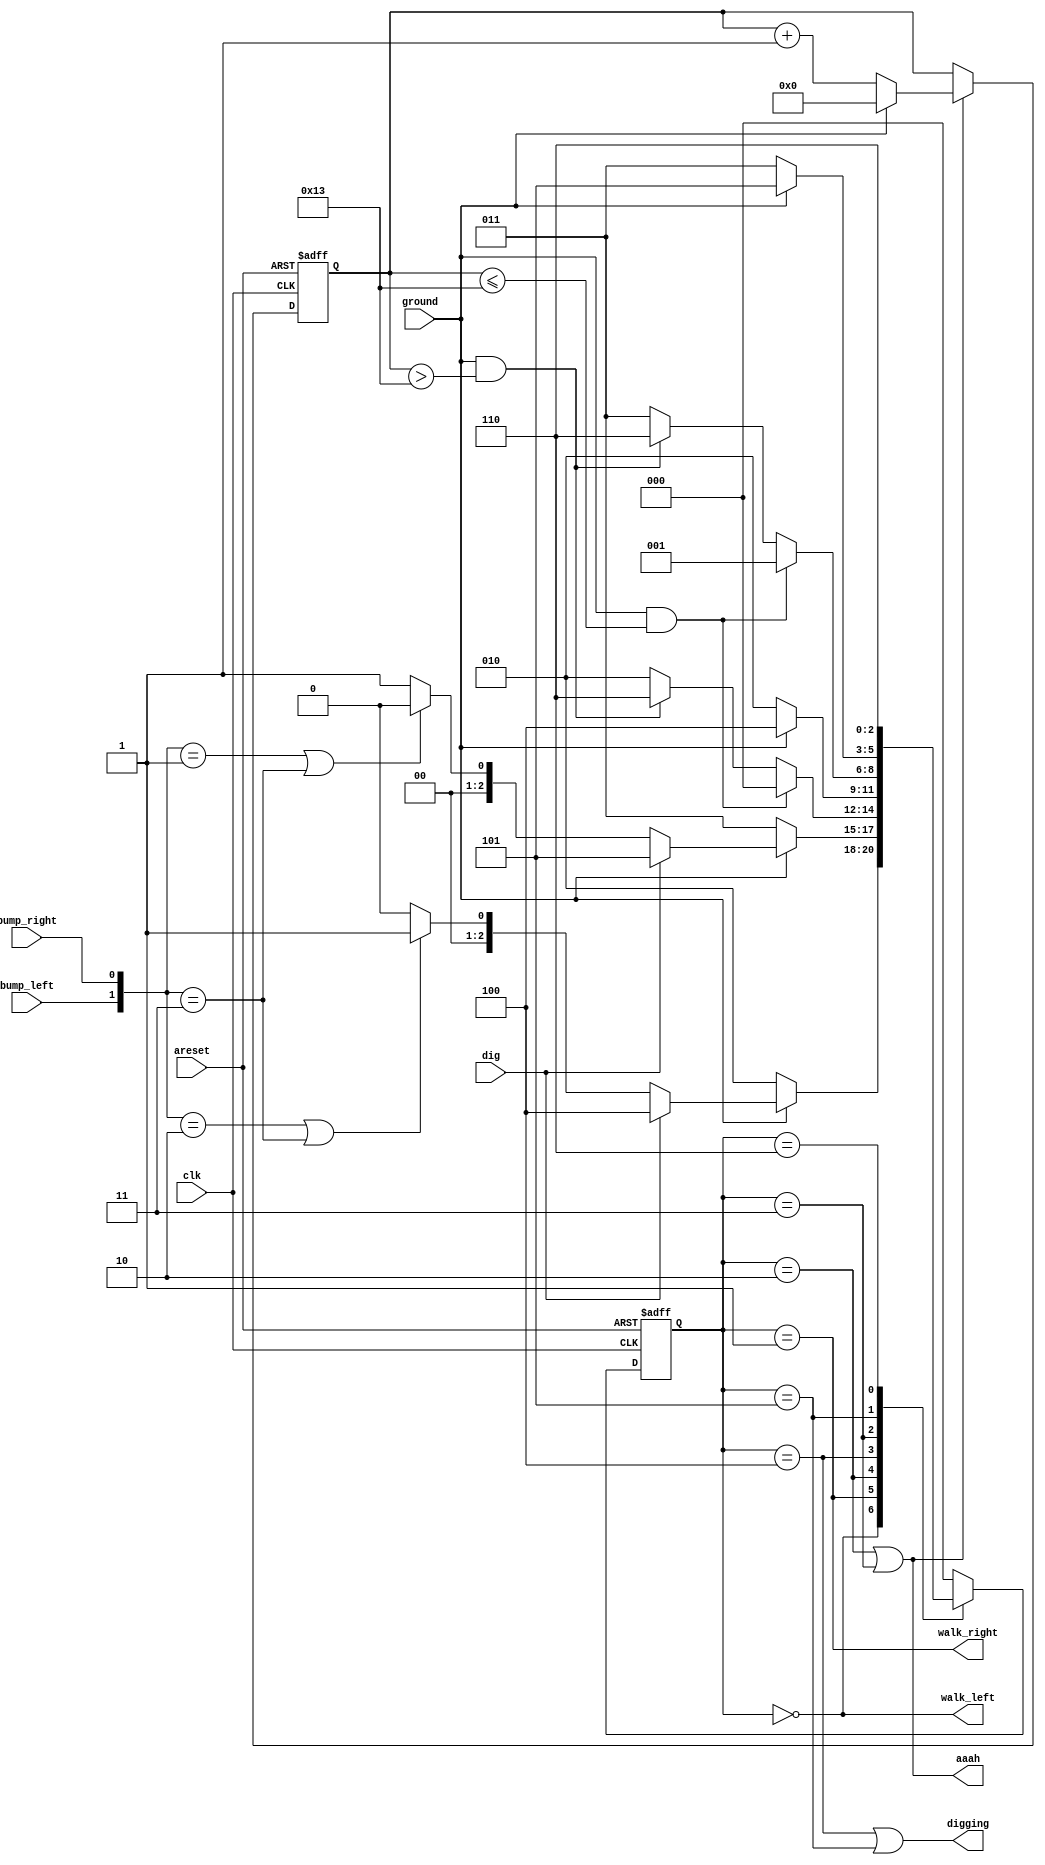
module Lemmings4(
    input       clk,
    input       areset,    // Freshly brainwashed Lemmings walk left.
    input       bump_left,
    input       bump_right,
    input       ground,
    input       dig,
    output      walk_left,
    output      walk_right,
    output      aaah,
    output      digging    
    ); 

    parameter LEFT      =   3'b000;
    parameter RIGHT     =   3'b001;
    parameter FALL_L    =   3'b010;
    parameter FALL_R    =   3'b011;
    parameter DIG_L     =   3'b100;
    parameter DIG_R     =   3'b101;
    parameter SPLAT     =   3'b110;   
    
    reg		[2:0]   cur_state, nxt_state;
    wire	[1:0]	bump_lr;
    reg     [9:0]   fall_count;
    
    assign bump_lr = {bump_left, bump_right};
    
    always @ (*) begin
        case (cur_state)
            default: nxt_state = LEFT;
            LEFT: 	if (ground==1'b0) begin
                		nxt_state = FALL_L;
           	 		end else if(ground == 1'b1) begin
                        if (dig == 1'b1) begin
                    		nxt_state = DIG_L;
                        end else if ((bump_lr==2'b10) || (bump_lr==2'b11)) begin
                            nxt_state = RIGHT;
                        end else begin
                          	nxt_state = LEFT;
                        end
                    end else begin
                   		nxt_state = LEFT;
                    end
            
            RIGHT:  if (ground==1'b0)
                		nxt_state = FALL_R;
                    else if (ground == 1'b1)
                		if (dig == 1'b1)
                    		nxt_state = DIG_R;
            			else if (bump_lr==2'b01 || bump_lr==2'b11)
                            nxt_state = LEFT;
            			else
                          	nxt_state = RIGHT;
            		else
                          	nxt_state = RIGHT;
            
            FALL_L: if (ground == 1'b1 && fall_count<=10'd19)
                		nxt_state = LEFT;
            		else if (ground ==1'b1 && fall_count>10'd19)
                     	nxt_state = SPLAT;
                    else
                        nxt_state = FALL_L;
            
            DIG_L:  if (ground == 1'b0)
                		nxt_state = FALL_L;
            		else 
                     	nxt_state = DIG_L;            
            
            FALL_R: if (ground == 1'b1 && fall_count<=10'd19)
                		nxt_state = RIGHT;
                    else if (ground ==1'b1 && fall_count>10'd19)
                        nxt_state = SPLAT;
            		else 
                     	nxt_state = FALL_R;
            
            DIG_R:  if (ground == 1'b0)
                		nxt_state = FALL_R;
            		else 
                     	nxt_state = DIG_R;
            SPLAT:  nxt_state = SPLAT; 
        endcase
    end
    
    always @ (posedge clk or posedge areset) begin
        if (areset) begin
            cur_state <= LEFT;
        end else begin
            cur_state <= nxt_state;
        end
    end
    
   //fall count

    always @ (posedge clk or posedge areset) begin
        if (areset) begin
            fall_count <= 10'd0;
        end else if ((cur_state == FALL_L || cur_state == FALL_R)) begin
            if (ground==1'b1)
            	fall_count <= 10'd0;
            else
            	fall_count <= fall_count + 1'b1;
        end 
    end
   
    //output logic
    
    assign walk_left = cur_state== LEFT;
    assign walk_right = cur_state== RIGHT;
    assign digging = (cur_state== DIG_L || cur_state== DIG_R);
    assign aaah = (cur_state==FALL_L || cur_state==FALL_R); 
    
endmodule